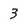
Character: 3